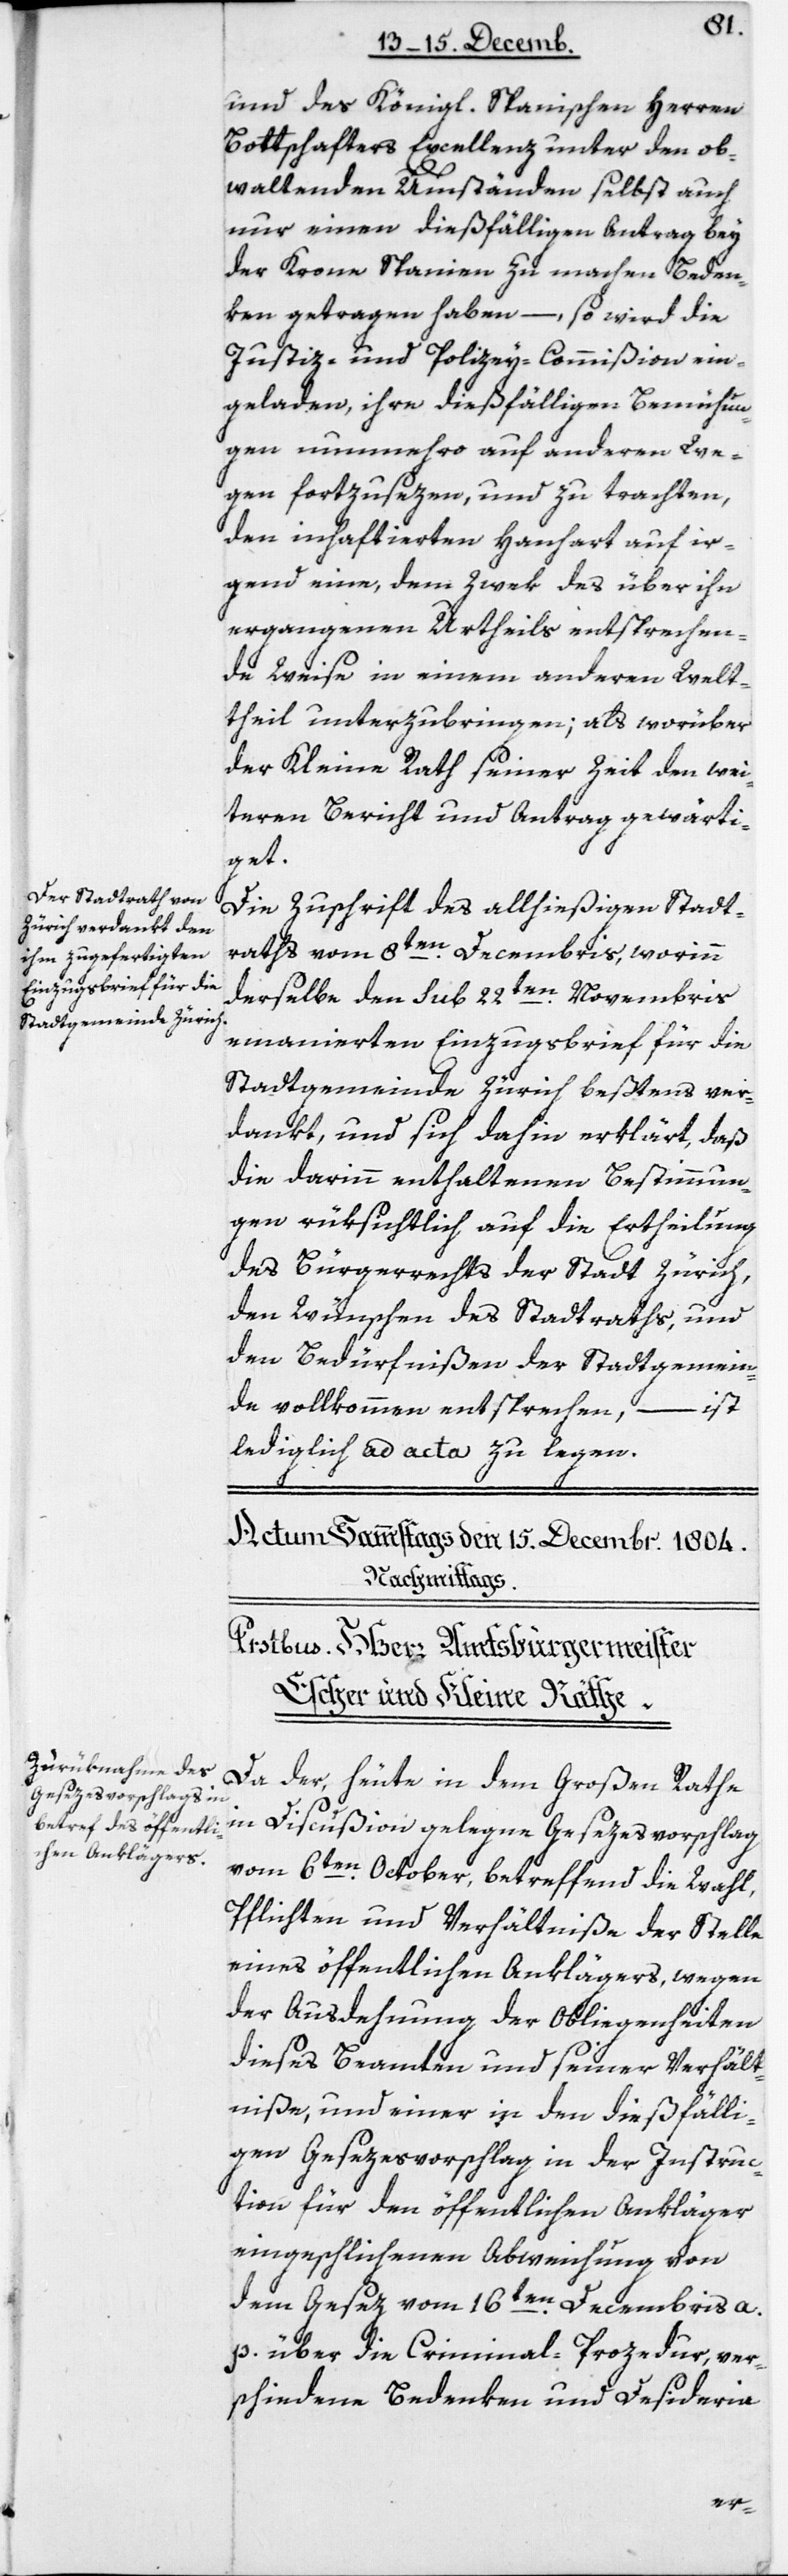
und des Königl. Spanischen Herren
Bottschafters Excellenz unter den ob¬
waltenden Umständen selbst auch
nur einen dießfälligen Antrag bey
der Krone Spanien zu machen Beden¬
ken getragen haben, – so wird die
Justiz- und Polizey-Commißion ein¬
geladen, ihre dießfälligen Bemühun¬
gen nunmehro auf anderen We¬
gen fortzusezen, und zu trachten,
den inhaftierten Hanhart auf ir¬
gend eine, dem Zwek des über ihn
ergangenen Urtheils entsprechen¬
de Weise in einem anderen Welt¬
theil unterzubringen, als worüber
der Kleine Rathseiner Zeit den wei¬
teren Bericht und Antrag gewärti¬
get.
Die Zuschrift des allhießigen Stadt¬
raths vom 8ten Decembris, worin
derselbe den Sub 22ten Novembris
emanierten Einzugsbrief für die
Stadtgemeinde Zürich beßtens ver¬
dankt, und sich dahin erklärt, daß
die darinn enthaltenen Bestimmun¬
gen rüksichtlich auf die Ertheilung
des Bürgerrechts der Stadt Zürich,
den Wünschen des Stadtraths und
den Bedürfnißen der Stadtgemein¬
– ist
de vollkommen entsprechen,
lediglich ad acta zu legen.
Da der, heute in dem Großen Rathe
in Discußion gelegene Gesetzesvorschlag
vom 6ten October, betreffend die Wahl,
Pflichten und Verhältniße der Stelle
eines öffentlichen Anklägers, wegen
der Ausdehnung der Obliegenheiten
dieses Beamten und seiner Verhält¬
niße, und einer in den dießfälli¬
gen Gesezesvorschlag in der Instruc¬
tion für den öffentlichen Ankläger
eingeschlichenen Abweichung von
dem Gesez vom 16ten Decembris a.
p. über die Criminal-Prozedur, ver¬
schiedene Bedenken und Desideria